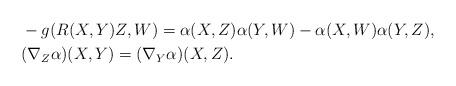
LaTeX: \begin{align*} & -g( R(X,Y)Z , W ) = \alpha(X,Z) \alpha(Y,W) - \alpha(X,W) \alpha(Y,Z), \\ & (\nabla_Z\alpha) (X,Y) = (\nabla_Y\alpha)(X,Z).\end{align*}